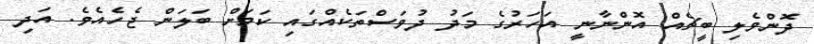
ދޮންވެލި ބީޗެއް އޮންނާނީ އަހަރުގެ މަދު ދުވަސްތަކެއްގައި ކަމަށް ބަލަން ޖެހެއެވެ. އަދި